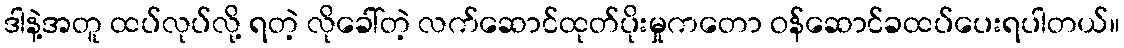
ဒါနဲ့အတူ ထပ်လုပ်လို့ ရတဲ့ လိုခေါ်တဲ့ လက်ဆောင်ထုတ်ပိုးမှုကတော ဝန်ဆောင်ခထပ်ပေးရပါတယ်။